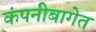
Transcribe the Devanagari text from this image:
कंपनीबागेत